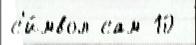
с'и́мвол сам 10